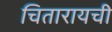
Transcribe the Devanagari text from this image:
चितारायची